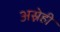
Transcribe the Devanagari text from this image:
अस्नेही